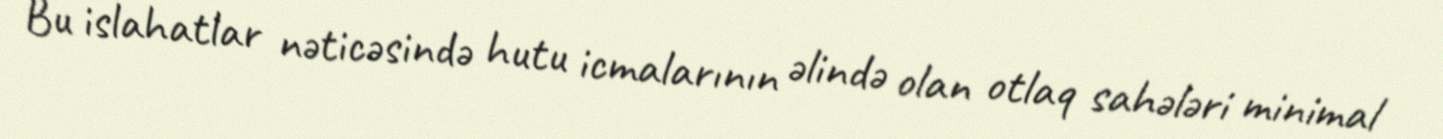
Bu islahatlar nəticəsində hutu icmalarının əlində olan otlaq sahələri minimal